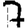
Digit: 7